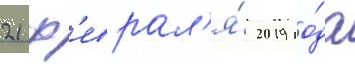
21 ф'еврал'я́ 2019 го́да